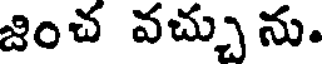
జించ వచ్చును.